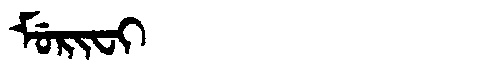
Manchu: ᠮᡠᡵᡳᠸᡳ
Romanization: MURIFI